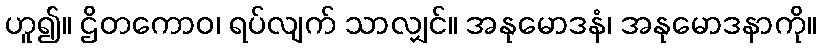
ဟူ၍။ ဌိတကောဝ၊ ရပ်လျက် သာလျှင်။ အနုမောဒနံ၊ အနုမောဒနာကို။